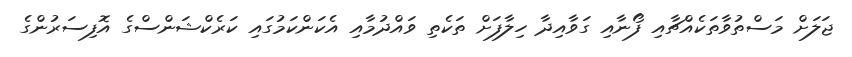
ޖަލަށް މަސްތުވާތަކެއްޗާއި ފޯނާއި ގަވާއިދާ ހިލާފަށް ތަކެތި ވައްދުމާއި އެކަންކަމުގައި ކަރެކްޝަންސްގެ އޮފިސަރުންގެ